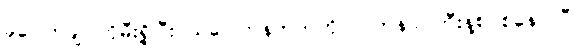
ခုပေါက်ချိုင်ကိုမီးရှို့ပြီး သပြေကန်ဘက်ကို လက်နက်ကြီးနဲ့စပစ်နေပါပြီ။